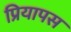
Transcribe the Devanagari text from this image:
प्रियापस